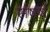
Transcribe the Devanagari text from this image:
संषर्ष